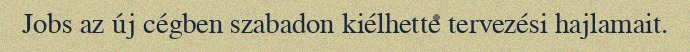
Jobs az új cégben szabadon kiélhette tervezési hajlamait.